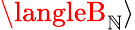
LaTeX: \langleB_{\mathbb{N}}\rangle